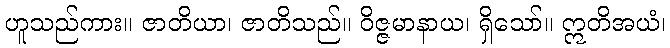
ဟူသည်ကား။ ဇာတိယာ၊ ဇာတိသည်။ ဝိဇ္ဇမာနာယ၊ ရှိသော်။ ဣတိအယံ၊